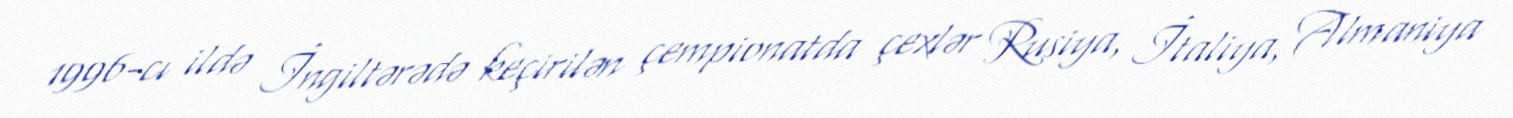
1996-cı ildə İngiltərədə keçirilən çempionatda çexlər Rusiya, İtaliya, Almaniya